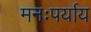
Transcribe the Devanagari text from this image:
मनःपर्याय